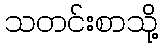
သတင်းစာသို့